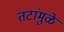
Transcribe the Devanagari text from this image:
तटांमुळे